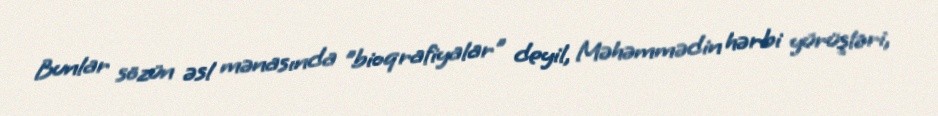
Bunlar sözün əsl mənasında "bioqrafiyalar" deyil, Məhəmmədin hərbi yürüşləri,